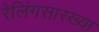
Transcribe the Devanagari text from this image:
रेलिंगसारख्या